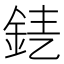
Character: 𨦤